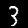
Label: 3